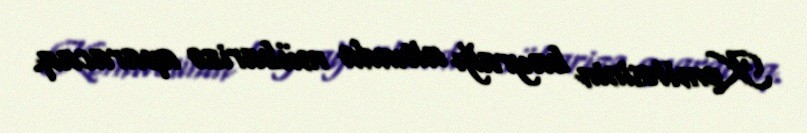
Komitəsinin bayrağı altında mübarizə aparacaq.